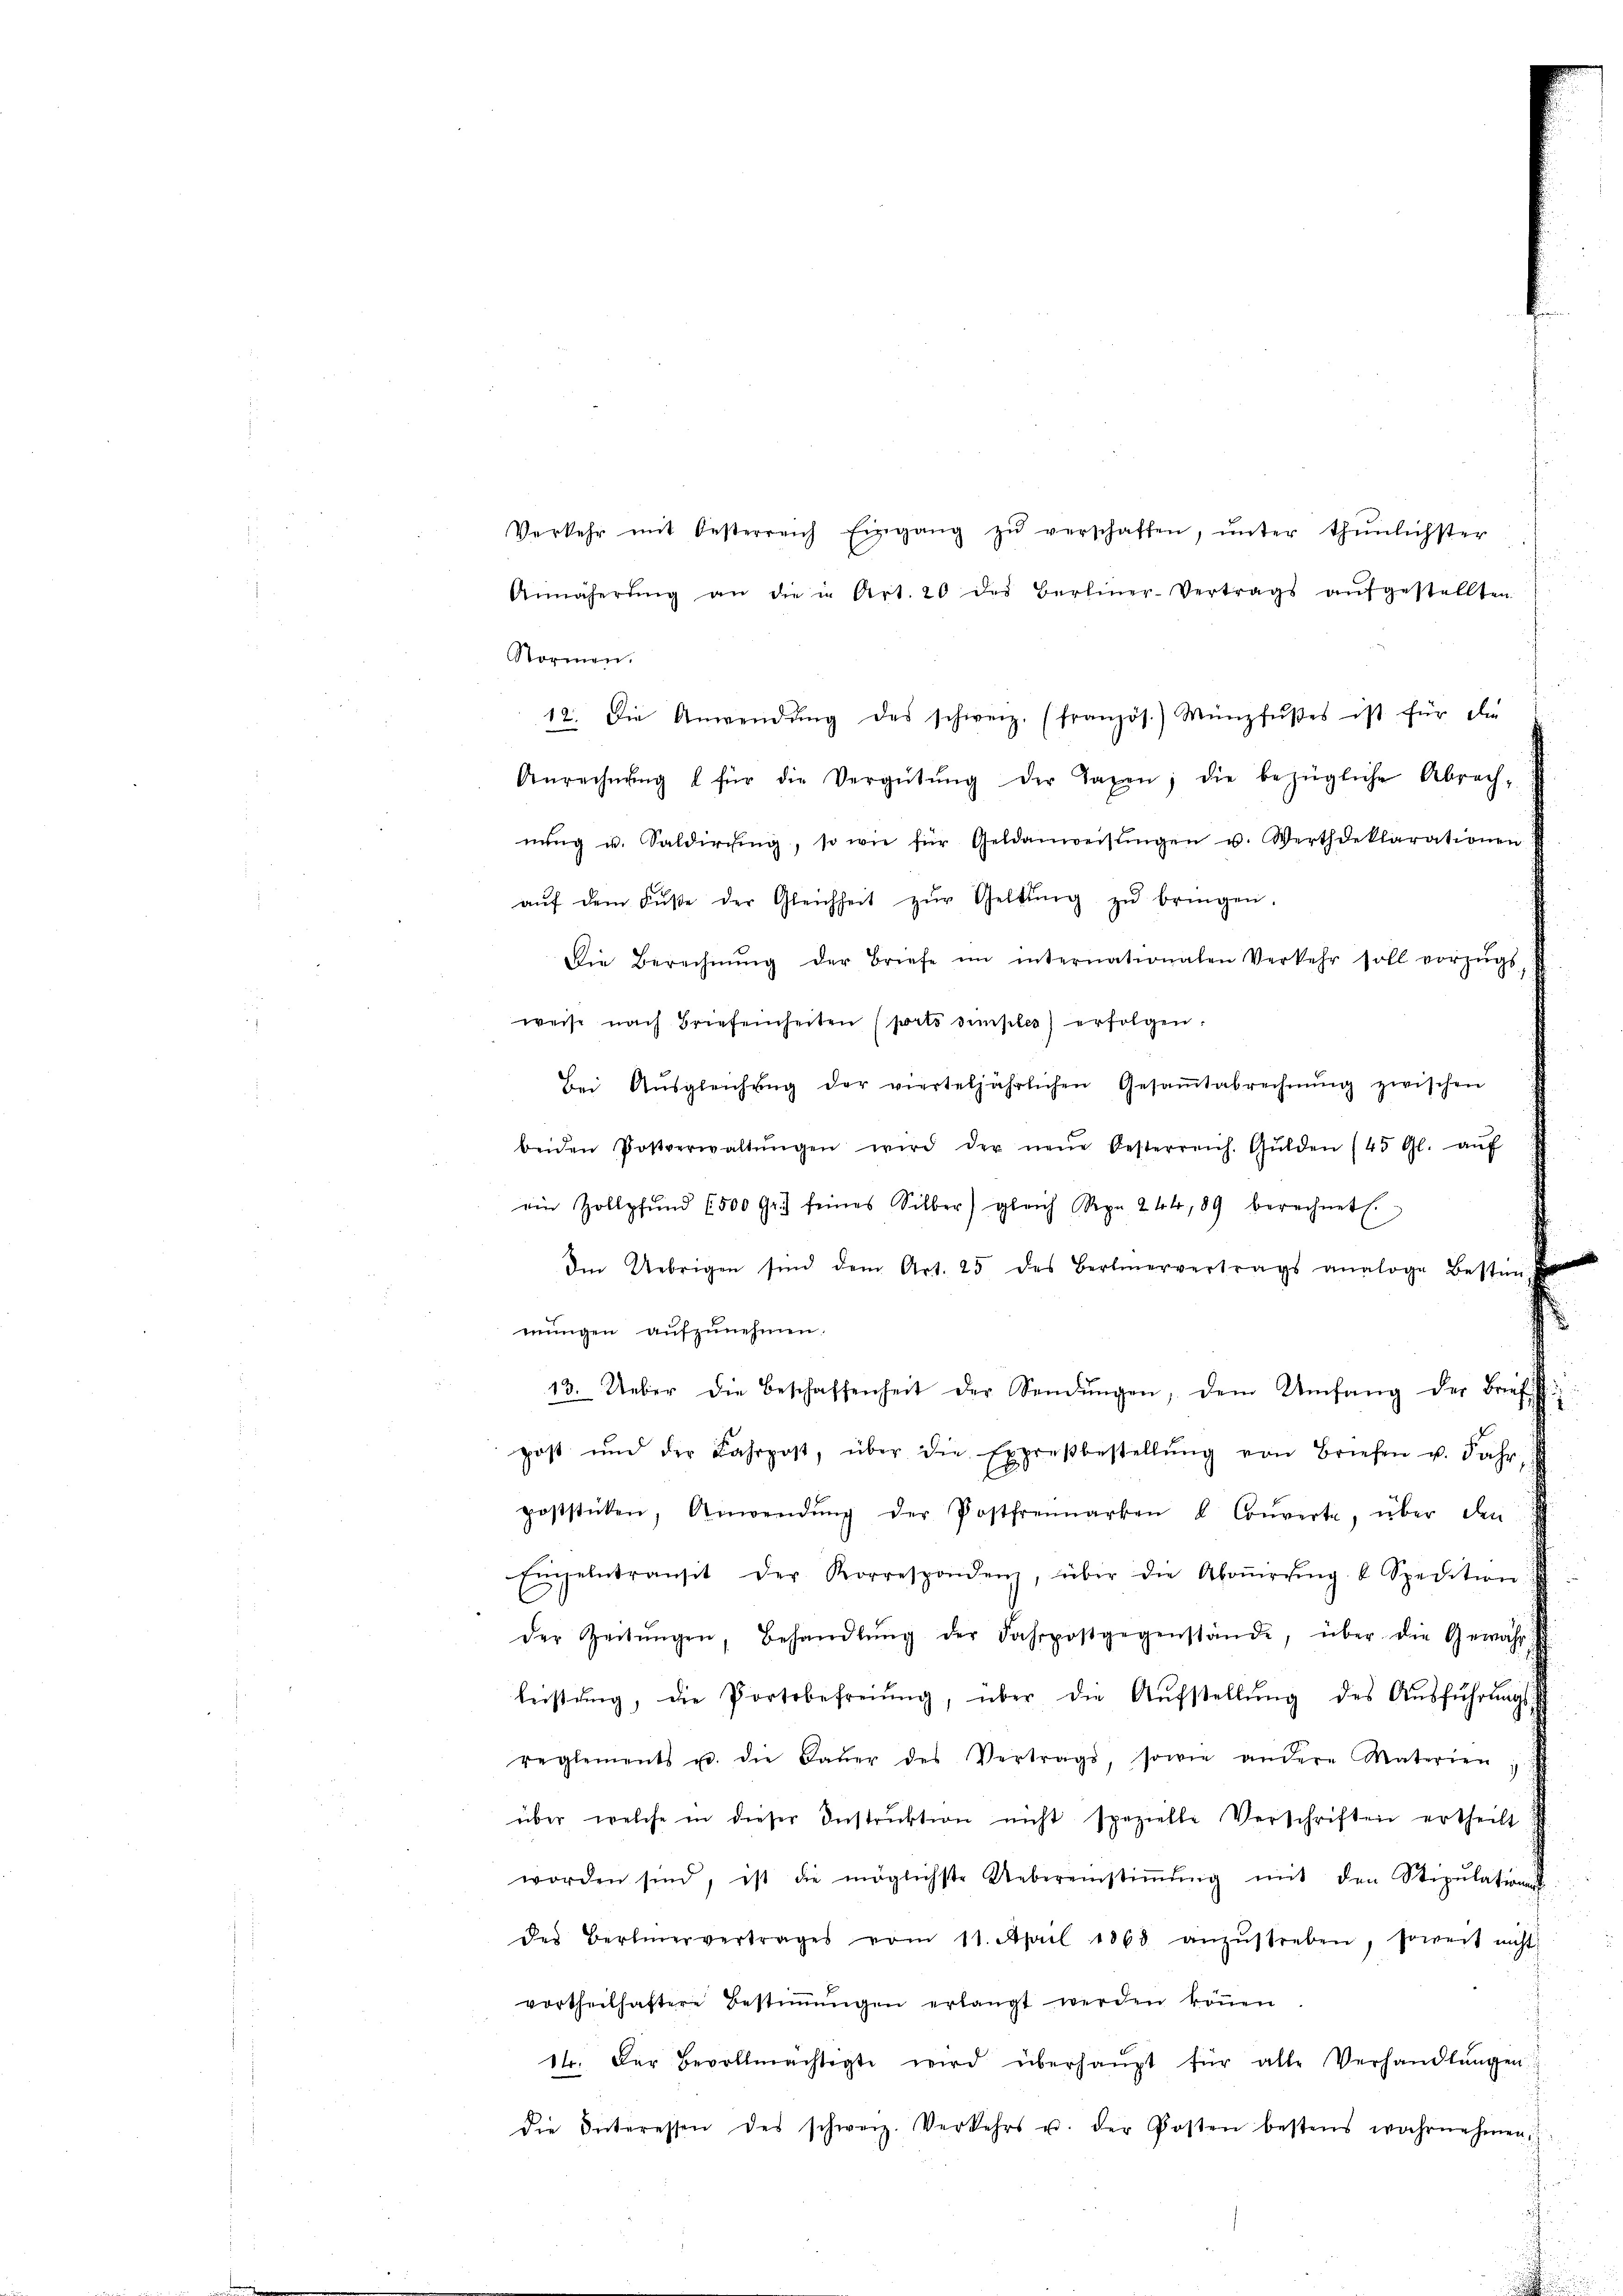
Normen.
12. Die Anwendŭng des schweiz. (französ.) Münzfŭβes ist für die
Anrechnŭng für die Vergütŭng der Taxen, die bezügliche Abrech-
nŭng u. Saldirging, so wie für Geldanweisŭngen u. Werthdeklarationen
aŭf dem Bŭβe der Gleichheit zŭr Geltung zŭ bringen,
Die Berechnŭng der Briefe im internationalen Verkehr soll vorzŭg
weise nach Briefenheiten (porto simples) erfolgen.
Bei Aŭsgleichŭng der vierteljährlichen Gesaṁtabrechnŭng zwischen
beiden Postverwaltŭngen wird der neŭe Oesterreich. Gulden (45 Gl. aŭf
ein Zollpfŭnd 6500 Fr.) seines Silber gleich Rpn. 244, 89 berechnet.
Im Uebrigen sind dem Art. 25 des Berliervertrags analoge Bestim
mŭngen aŭfzŭnehmen.
13. Ueber die Beschaffenheit der Sendŭngen, dem Umfang der Briefst
post und der Fahrpost, über die Expresbestellŭng von Briefen u. Jahr-
poststicken, Anwendŭng der Postfremarken L. Courirte, über den
Einzelntransit der Korrespondenz, über die Aboṅerŭng u Spedition:
der Zeitŭngen, Behandlŭng der Fahrpostgegenstände, über die Gewähr
leistŭng, die Portobefreiung, über die Aŭfstellŭng des Aŭsführŭngs
reglements u. die Baŭer des Vertrags, sowie andere Materien
über welche in dieser Instruktion nicht spezielle Verschriften ertheilt
worden sind, ist die möglichste Uebereinstiṁŭng mit den Stipulationen
des Bertmervertrages vom 11. April 1863 anzŭstreben, soweit nicht
vortheilhaftere Bestiṁŭngen erlangt werden köṅen
14. Der Bevollmächtigte wird überhaŭpt für alle Verhandlŭngen
die Interessen des schweiz. Verkehrs u. der Posten bestens wahrnehmen,

Verkehr mit Oesterreich Eingang zŭ verschaffen, ŭnter thŭnlichster

Annäherŭng an die in Art. 20 des Berliner-Vertrags aŭfgestellten